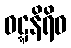
ဝဋ္ဋနိရိဝ